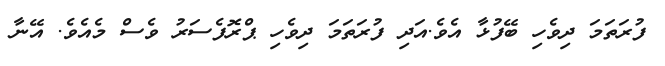
ފުރަތަމަ ދިވެހި ބޭފުޅާ އެވެ.އަދި ފުރަތަމަ ދިވެހި ޕްރޮފެސަރު ވެސް މެއެވެ. އޭނާ